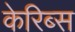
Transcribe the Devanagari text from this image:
केरिब्स